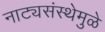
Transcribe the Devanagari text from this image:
नाट्यसंस्थेमुळे